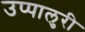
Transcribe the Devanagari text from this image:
उप्पालुरी